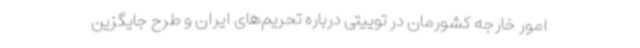
امور خارجه کشورمان در توییتی درباره تحریم‌های ایران و طرح جایگزین